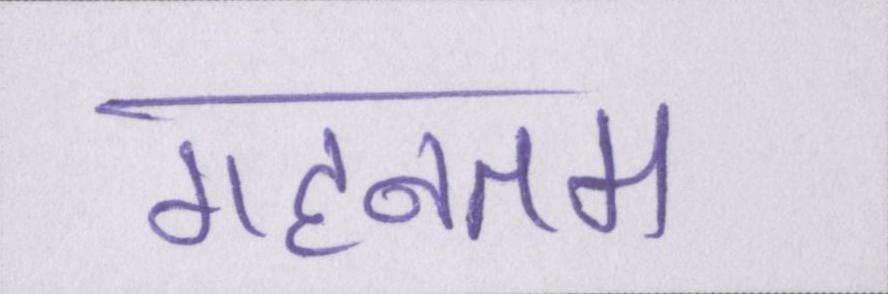
गहनतम